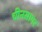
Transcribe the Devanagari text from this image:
चीनसागर